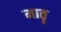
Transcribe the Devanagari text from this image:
मातॄ